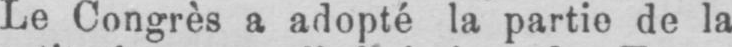
Le Congrès a adopté la partie de la